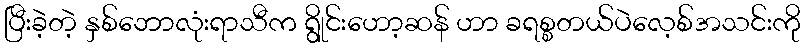
ပြီးခဲ့တဲ့ နှစ်ဘောလုံးရာသီက ရွိုင်းဟော့ဆန် ဟာ ခရစ္စတယ်ပဲလေ့စ်အသင်းကို